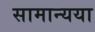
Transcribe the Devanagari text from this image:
सामान्यया